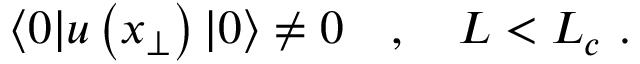
\langle 0 | u \left( x _ { \perp } \right) | 0 \rangle \neq 0 \quad , \quad L < L _ { c } \ .